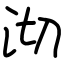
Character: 沏